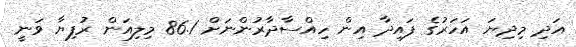
އަދި މިދިޔަ އަހަރުގެ ފައިދާ އިން ހިއްސާދާރުންނަށް 86.1 މިލިއަން ރުފިޔާ ވަނީ